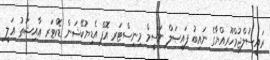
ރައީސުލްޖުމްހޫރިއްޔާގެ ނައިބު ފައިޞަލް ނަސީމް މިނިސްޓަރ އޮފް އެޑިޔުކޭޝަން ޑޮކްޓަރ ޢާއިޝަތު ޢަލީ